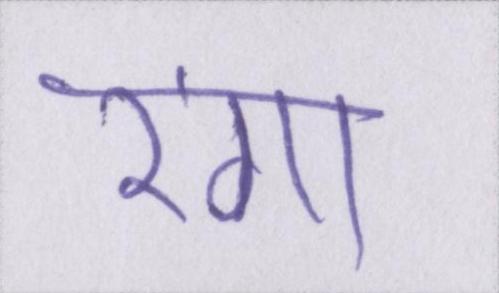
रंगा